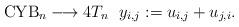
LaTeX: \begin{gather*}{\rm CYB}_{n} \longrightarrow 4T_{n} \ \ y_{i,j}:=u_{i,j}+u_{j,i}.\end{gather*}